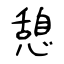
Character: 憩